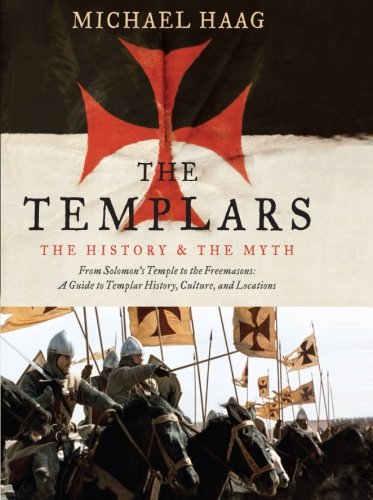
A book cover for The Templars: The History and the Myth: From Solomon's Temple to the Freemasons; Michael Haag; Religion & Spirituality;